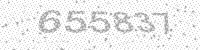
Solution: 655837